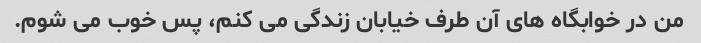
من در خوابگاه های آن طرف خیابان زندگی می کنم، پس خوب می شوم.